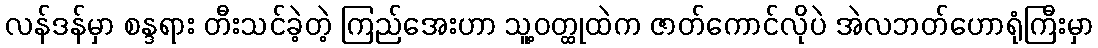
လန်ဒန်မှာ စန္ဒရား တီးသင်ခဲ့တဲ့ ကြည်အေးဟာ သူ့ဝတ္ထုထဲက ဇာတ်ကောင်လိုပဲ အဲလဘတ်ဟောရုံကြီးမှာ